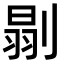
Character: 𠞈